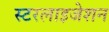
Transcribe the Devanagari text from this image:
स्टरलाइजेशन